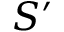
S ^ { \prime }